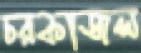
চরকাজল